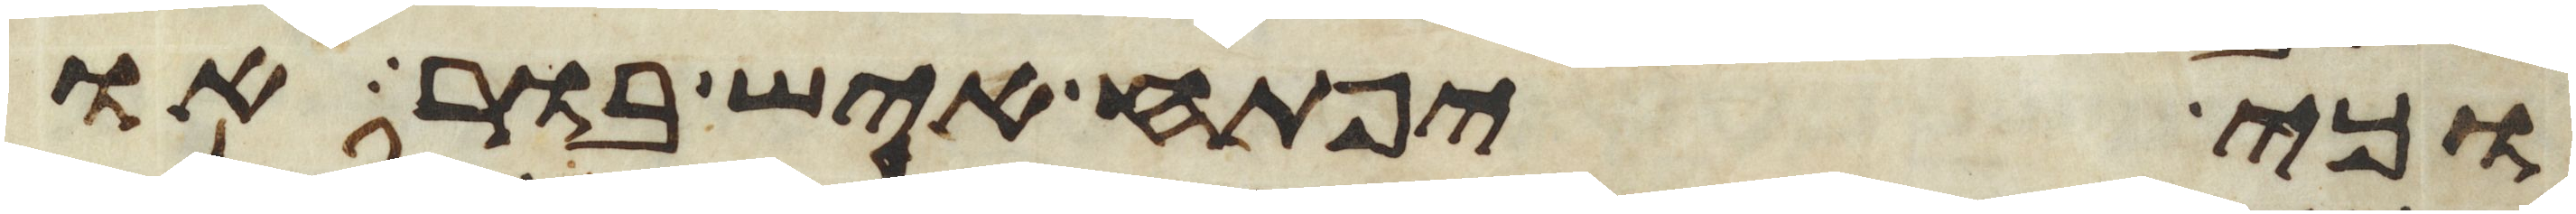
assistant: וכי יפתח איש בור או